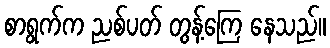
စာရွက်က ညစ်ပတ် တွန့်ကြေ နေသည်။